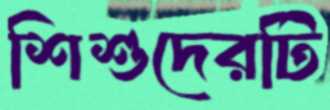
শিশুদেরটি